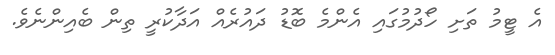
އެ ޓީމު ތަށި ހޯދުމުގައި އެންމެ ބޮޑު ދައުރެއް އަދާކުރީ ތިން ބެއިންނެވެ.